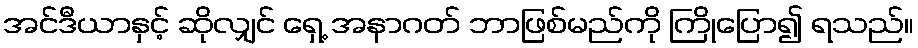
အင်ဒီယာနှင့် ဆိုလျှင် ရှေ့ အနာဂတ် ဘာဖြစ်မည်ကို ကြိုပြော၍ ရသည်။